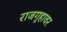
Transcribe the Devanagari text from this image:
राजगृहावर